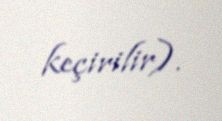
keçirilir).